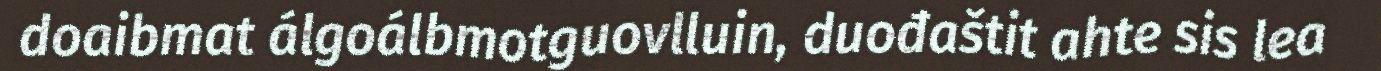
doaibmat álgoálbmotguovlluin, duođaštit ahte sis lea